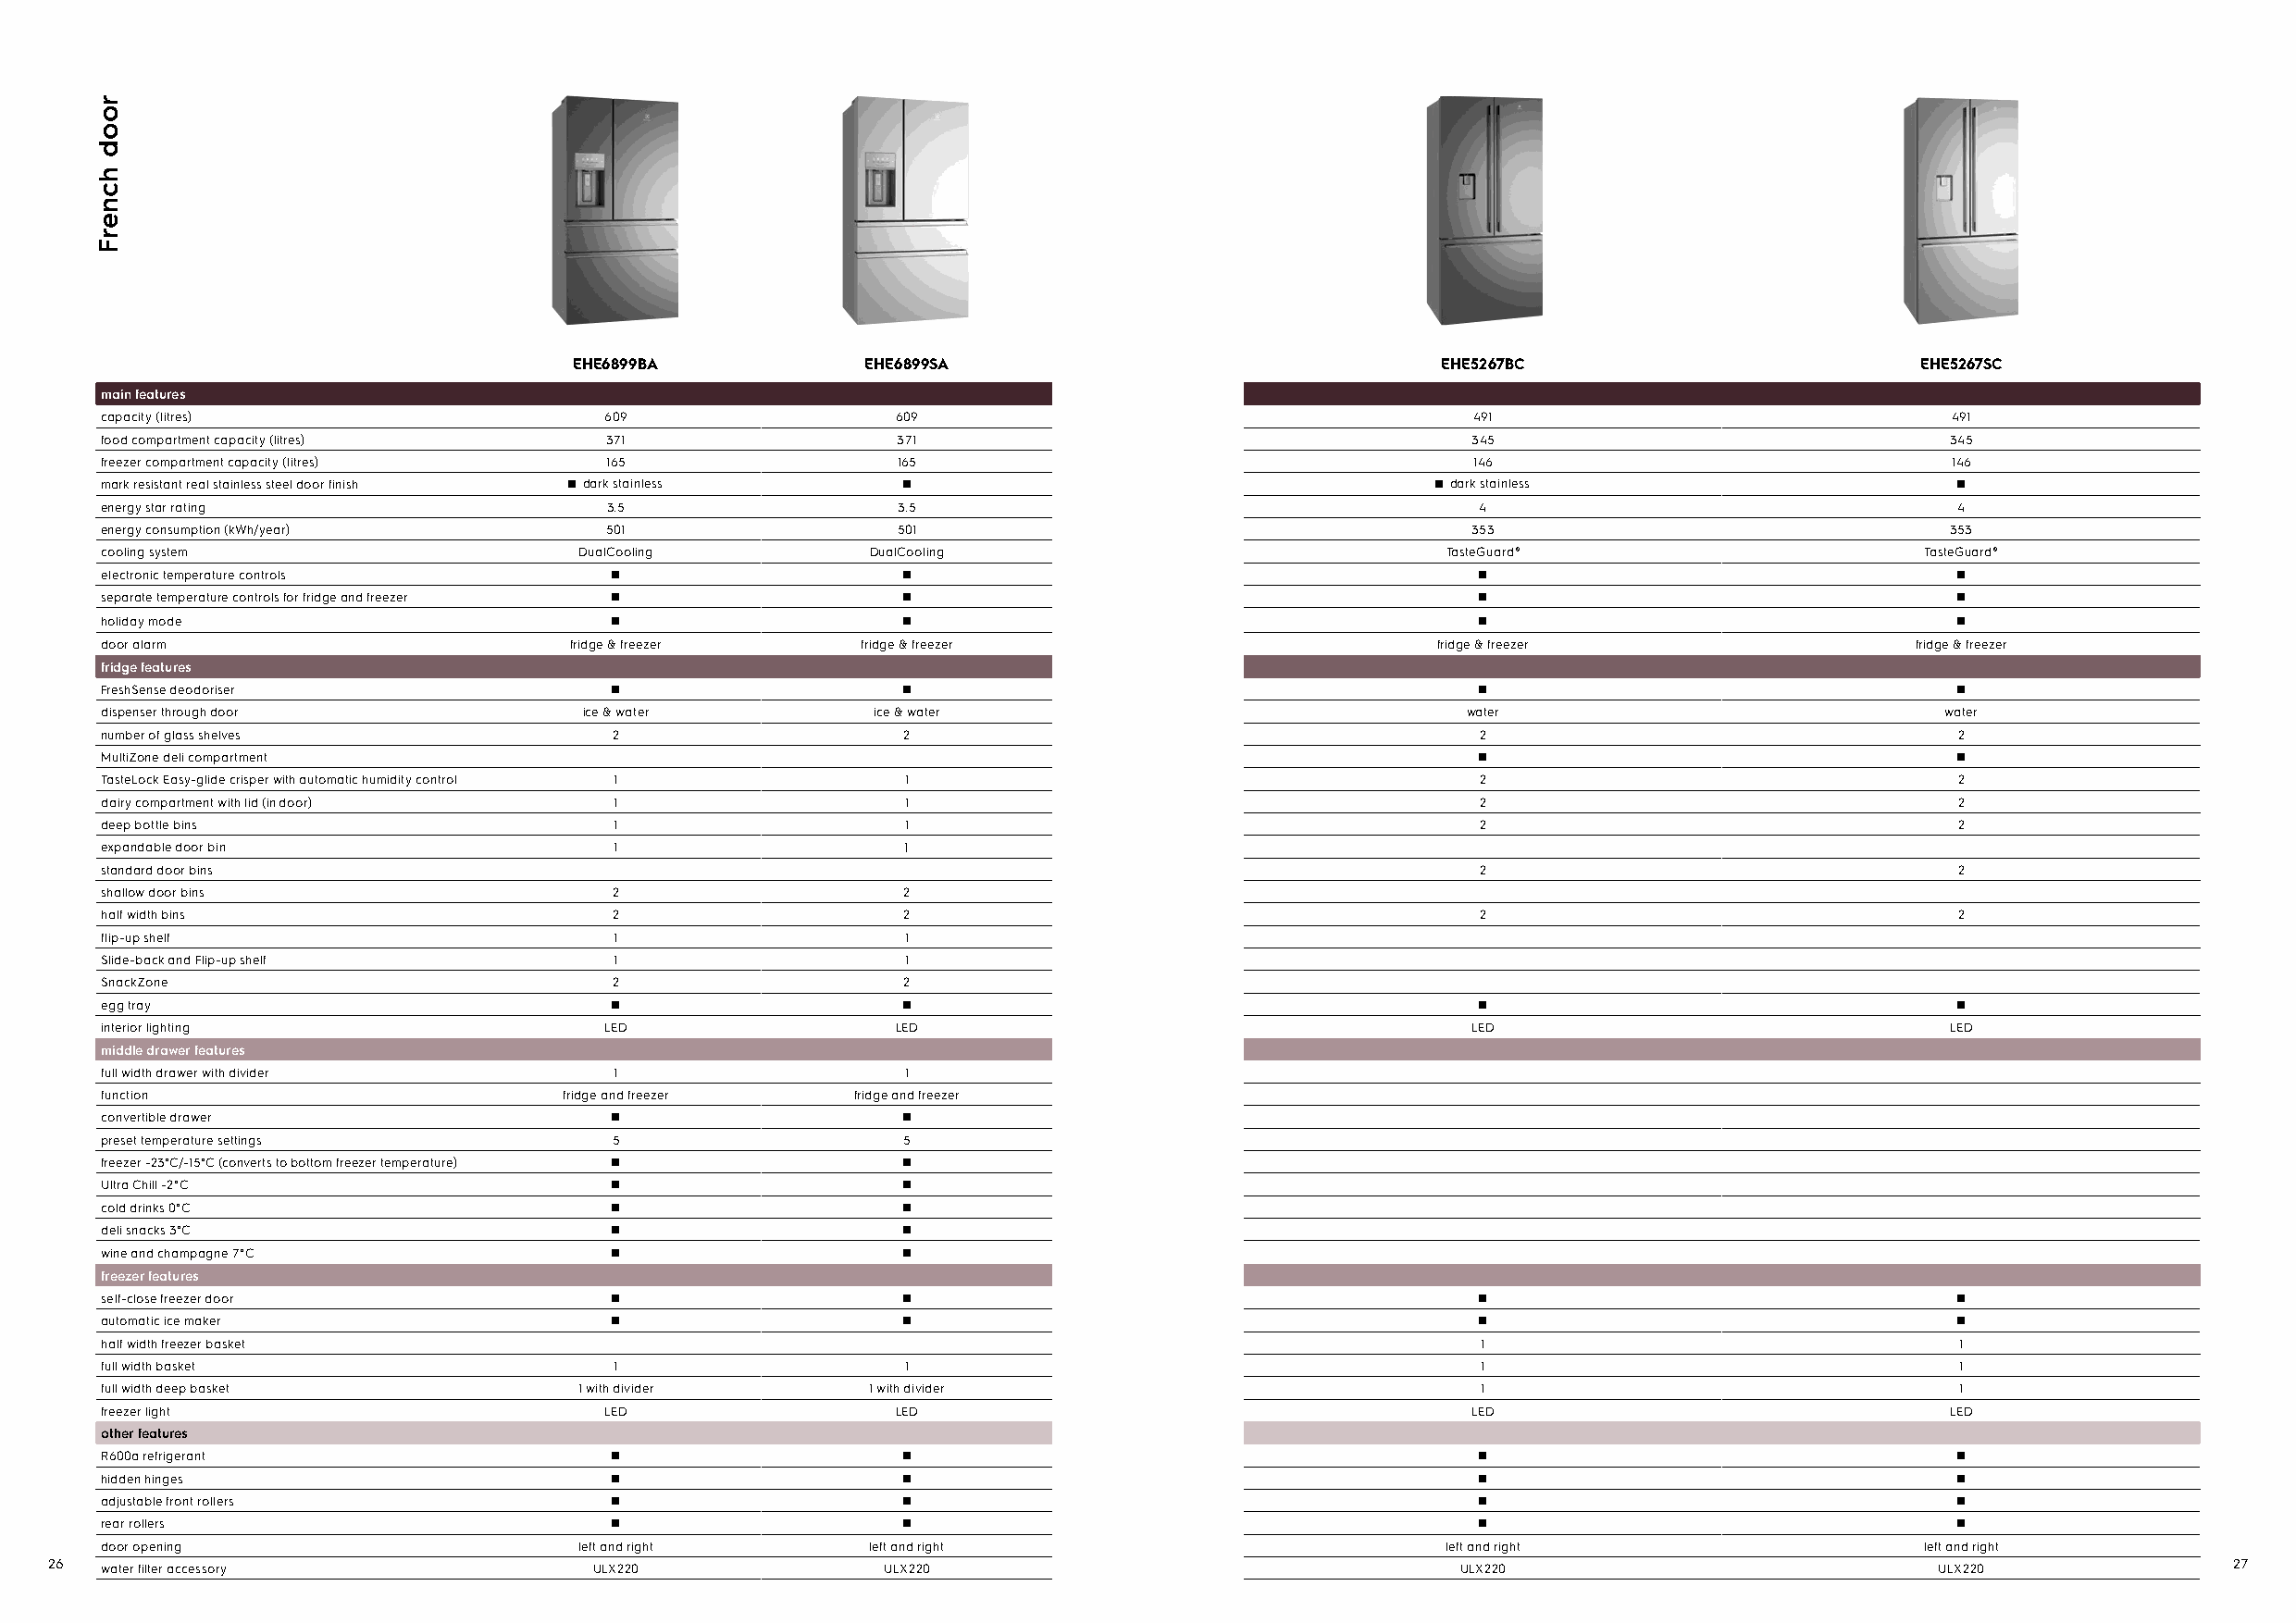
EHE6899BA            EHE6899SA                                EHE5267BC                         EHE5267SC
 main features
 capacity (litres)                   609                  609                                      491                                491
 food compartment capacity (litres)  371                  371                                      345                               345
 freezer compartment capacity (litres) 165                165                                      146                                146
 mark resistant real stainless steel door finish dark stainless                                   dark stainless
 energy star rating                  3.5                  3.5                                       4                                 4
 energy consumption (kWh/year)       501                  501                                      353                               353
 cooling system                    DualCooling          DualCooling                              TasteGuard®                        TasteGuard®
 electronic temperature controls
 separate temperature controls for fridge and freezer
 holiday mode
 door alarm                        fridge & freezer     fridge & freezer                         fridge & freezer                  fridge & freezer
 fridge features
 FreshSense deodoriser
 dispenser through door             ice & water         ice & water                                water                             water
 number of glass shelves              2                    2                                        2                                 2
 MultiZone deli compartment
 TasteLock Easy-glide crisper with automatic humidity control 1 1                                   2                                 2
 dairy compartment with lid (in door) 1                    1                                        2                                 2
 deep bottle bins                     1                    1                                        2                                 2
 expandable door bin                  1                    1
 standard door bins                                                                                 2                                 2
 shallow door bins                    2                    2
 half width bins                      2                    2                                        2                                 2
 flip-up shelf                        1                    1
 Slide-back and Flip-up shelf         1                    1
 SnackZone                            2                    2
 egg tray
 interior lighting                   LED                  LED                                      LED                               LED
 middle drawer features
 full width drawer with divider       1                    1
 function                         fridge and freezer   fridge and freezer
 convertible drawer
 preset temperature settings          5                    5
 freezer -23°C/-15°C (converts to bottom freezer temperature)
 Ultra Chill -2°C
 cold drinks 0°C
 deli snacks 3°C
 wine and champagne 7°C
 freezer features
 self-close freezer door
 automatic ice maker
 half width freezer basket                                                                          1                                 1
 full width basket                    1                    1                                        1                                 1
 full width deep basket            1 with divider       1 with divider                              1                                 1
 freezer light                       LED                  LED                                      LED                               LED
 other features
 R600a refrigerant
 hidden hinges
 adjustable front rollers
 rear rollers
 door opening                      left and right       left and right                           left and right                     left and right
 26  water filter accessory             ULX220               ULX220                                   ULX220                             ULX220               27
 rood
 hcnerF